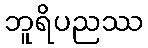
ဘူရိပညဿ